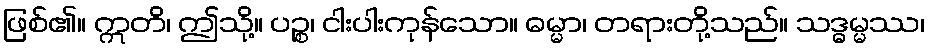
ဖြစ်၏။ ဣတိ၊ ဤသို့။ ပဉ္စ၊ ငါးပါးကုန်သော။ ဓမ္မာ၊ တရားတို့သည်။ သဒ္ဓမ္မဿ၊